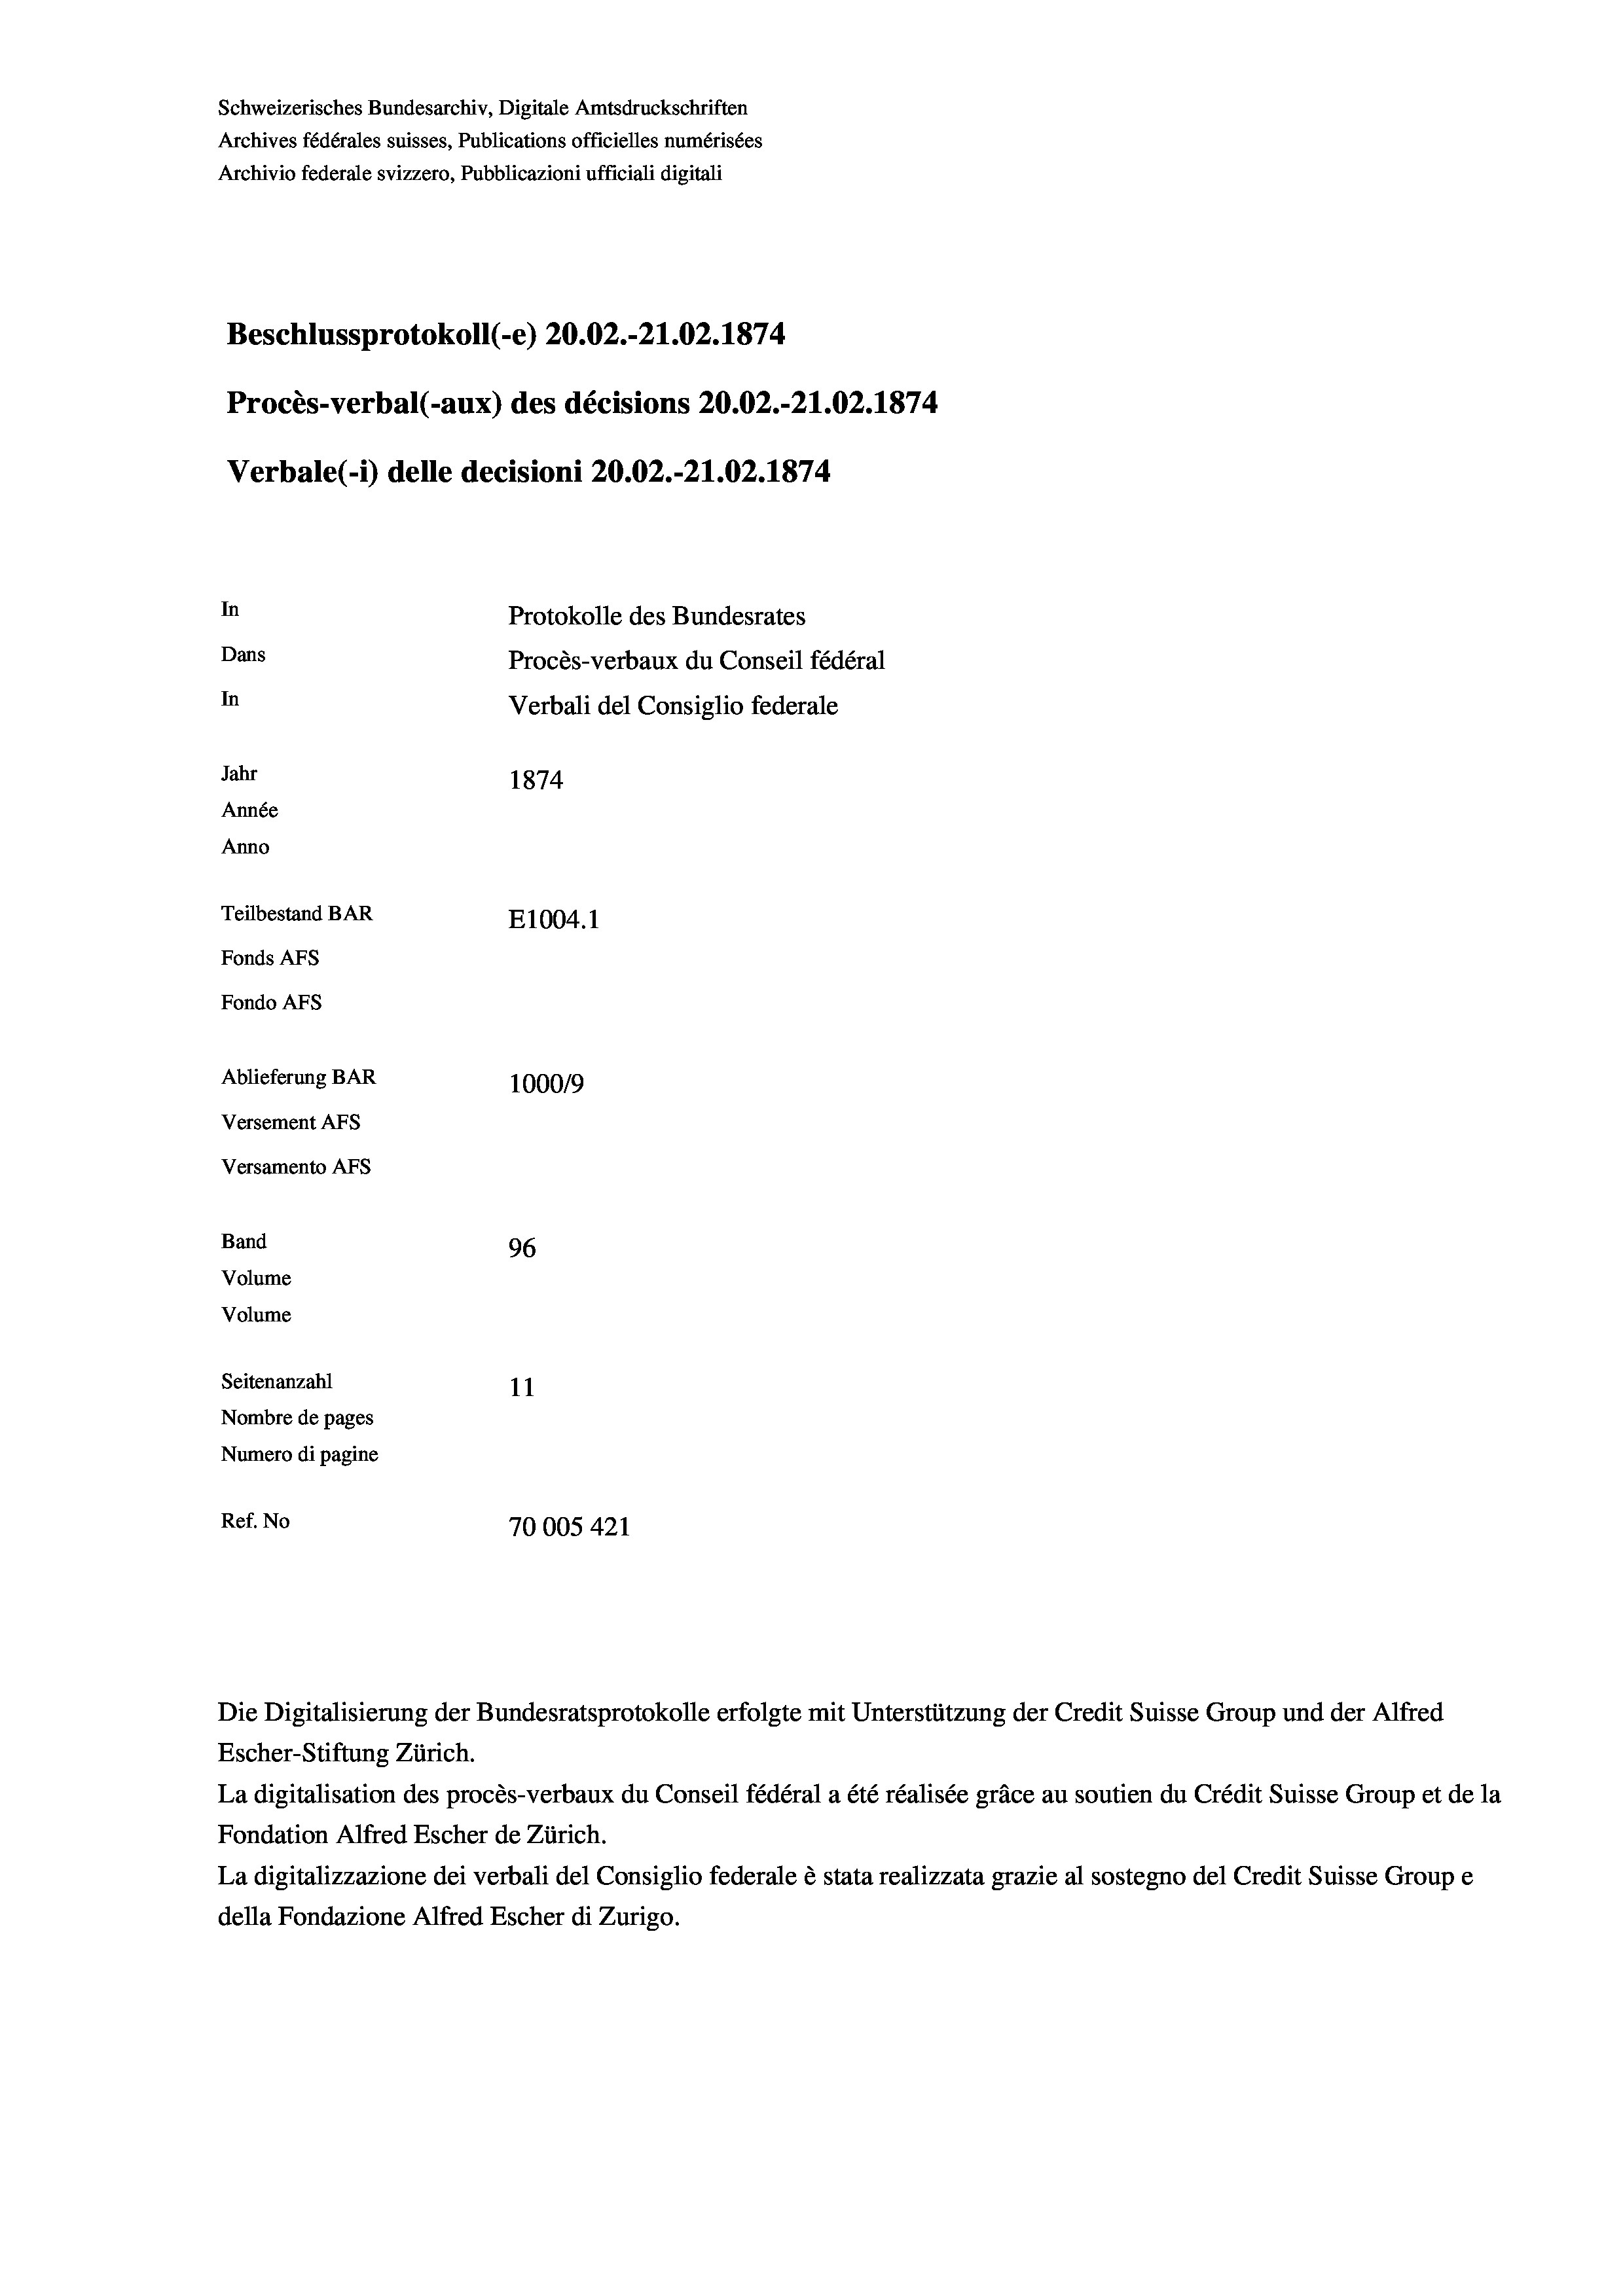
Schweizerisches Bundesarchiv, Digitale Amtsdruckschriften
Archives fédérales suisses, Publications officielles numérisées
Archivio federale svizzero, Pubblicazioni ufficiali digitali
Beschlussprotokoll (-e) 20.02.-21.02. 1874
Procès-verbal (-aux) des décisions 20.02.-21.02.1874
Verbale(-*) delle decisioni 20.02.-21.02. 1874
Protokolle des Bundesrates
Dans
Procès-verbaux du Conseil fédéral
In
Verbali del Consiglio federale
Jahr
1874
Année
Anno
Teilbestand BAR
E1004. 1
Fonds AFs
Fondo AFs
Ablieferung BAR
100019
Versement AFs
Versamento AFs
Band
96
Volume
Volume
Seitenanzahl
11
Nombre de pages
Numero di pagine
Ref. No
70005 421

In

Die Digitalisierung der Bundesratsprotokolle erfolgte mit Unterstützung der Credit Suisse Group und der Alfred
Escher-Stiftung Zürich.
La digitalisation des procès-verbaux du Conseil fédéral a été réalisée gräce au soutien du Crédit Suisse Group et de la
Fondation Alfred Escher de Zürich.
La digitalizzazione dei verbali del Consiglio federale è stata realizzata grazie al sostegno del Credit Suisse Groupe
della Fondazione Alfred Escher di Zurigo.